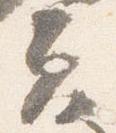
夫